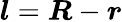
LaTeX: \boldsymbol{l}=\boldsymbol{R}-\boldsymbol{r}